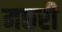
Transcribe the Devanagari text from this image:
मछरी